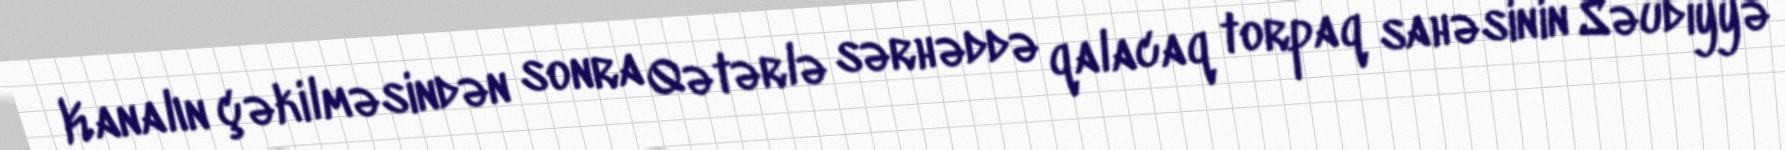
Kanalın çəkilməsindən sonra Qətərlə sərhəddə qalacaq torpaq sahəsinin Səudiyyə